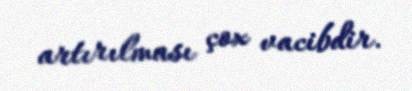
artırılması çox vacibdir.